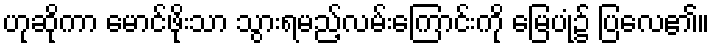
ဟုဆိုကာ မောင်ဖိုးသာ သွားရမည့်လမ်းကြောင်းကို မြေပုံ၌ ပြလေ၏။